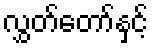
လွှတ်တော်နှင့်